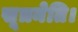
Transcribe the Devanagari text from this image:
सूत्रनेति।